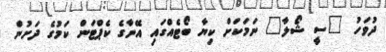
ދުވަހު "ސީ ޝޯލާ" ނަމަކަށް ކިޔާ ބޯޓެއްގައި އޭނާގެ ކެޕްޓަން ކަމުގެ ދަށުން